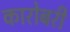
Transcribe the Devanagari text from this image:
कारोबरी